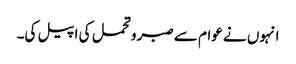
انہوں نے عوام سے صبر وتحمل کی اپیل کی۔